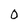
Character: O